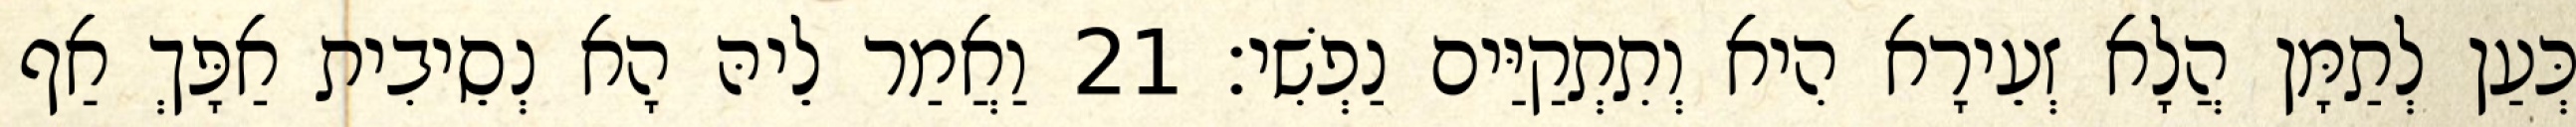
כְּעַן לְתַמָּן הֲלָא זְעֵירָא הִיא וְתִתְקַיַּים נַפְשִׁי׃ 21 וַאֲמַר לֵיהּ הָא נְסֵיבִית אַפָּךְ אַף